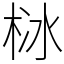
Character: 栤